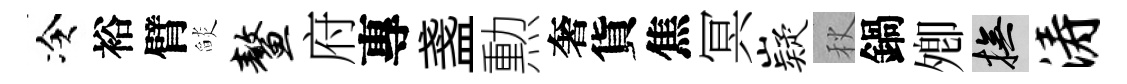
冷裕臂𦦨鳌府專盞勲奢貨焦冥嶷秋鍋𡖖撫涛